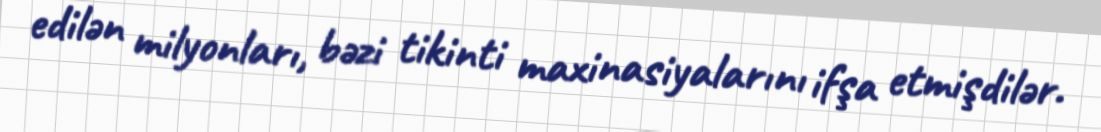
edilən milyonları, bəzi tikinti maxinasiyalarını ifşa etmişdilər.